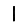
Digit: 1